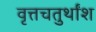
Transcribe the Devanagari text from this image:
वृत्तचतुर्थांश